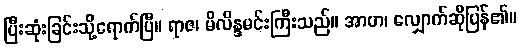
ပြီးဆုံးခြင်းသို့ရောက်ပြီ။ ရာဇ၊ မိလိန္ဒမင်းကြီးသည်။ အာဟ၊ လျှောက်ဆိုပြန်၏။